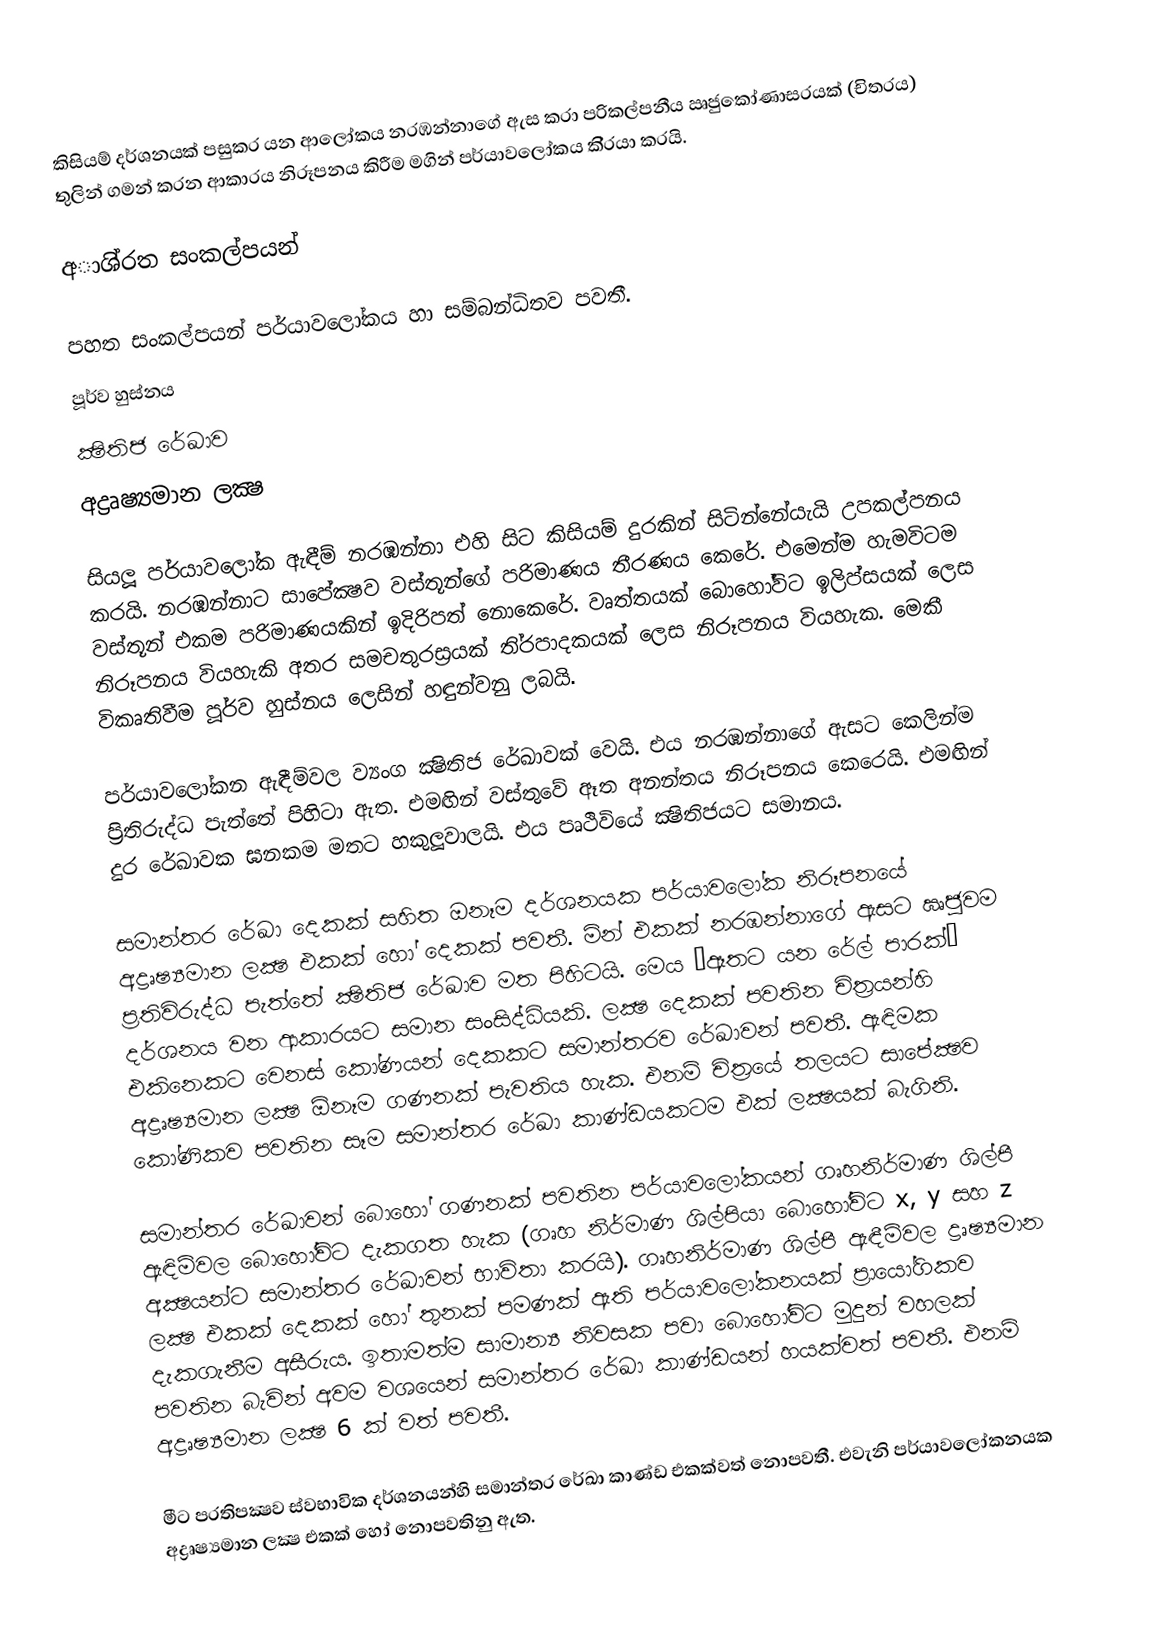
කිසියම් දර්ශනයක් පසුකර යන ආලෝකය නරඹන්නාගේ ඇස කරා පරිකල්පනීය ඍජුකෝණාස‍්‍රයක් (චිත‍්‍රය) තුලින් ගමන් කරන ආකාරය නිරූපනය කිරීම මගින් පර්යාවලෝකය කි‍්‍රයා කරයි.

අාශි‍්‍රත සංකල්පයන්

පහත සංකල්පයන් පර්යාවලෝකය හා සම්බන්ධිතව පවතී.
පූර්ව හුස්නය
ක්‍ෂිතිජ රේඛාව
අද්‍රෘෂ්‍යමාන ලක්‍ෂ

සියලූ පර්යාවලෝක ඇඳීම් නරඹන්නා එහි සිට කිසියම් දුරකින් සිටින්නේයැයි උපකල්පනය කරයි. නරඹන්නාට සාපේක්‍ෂව වස්තූන්ගේ පරිමාණය තීරණය කෙරේ. එමෙන්ම හැමවිටම වස්තූන් එකම පරිමාණයකින් ඉදිරිපත් නොකෙරේ. වෘත්තයක් බොහෝවිට ඉලිප්සයක් ලෙස නිරූපනය වියහැකි අතර සමචතුරස‍්‍රයක් ති‍්‍රපාදකයක් ලෙස නිරූපනය වියහැක. මෙකී විකෘතිවීම පූර්ව හුස්නය ලෙසින් හඳුන්වනු ලබයි.

පර්යාවලෝකන ඇඳීම්වල ව්‍යංග ක්‍ෂිතිජ රේඛාවක් වෙයි. එය නරඹන්නාගේ ඇසට කෙලින්ම ප‍්‍රිතිරුද්ධ පැත්තේ පිහිටා ඇත. එමඟින් වස්තුවේ ඈත අනන්තය නිරූපනය කෙරෙයි. එමඟින් දුර රේඛාවක ඝනකම මතට හකුලූවාලයි. එය පෘථිවියේ ක්‍ෂිතිජයට සමානය.

සමාන්තර රේඛා දෙකක් සහිත ඔනෑම දර්ශනයක පර්යාවලෝක නිරූපනයේ අද්‍රෘෂ්‍යමාන ලක්‍ෂ එකක් හෝ දෙකක් පවතී. මින් එකක් නරඹන්නාගේ ඇසට ඍජුවම ප‍්‍රතිවිරුද්ධ පැත්තේ ක්‍ෂිතිජ රේඛාව මත පිහිටයි. මෙය ‘ඈතට යන රේල් පාරක්’ දර්ශනය වන ආකාරයට සමාන සංසිද්ධියකි. ලක්‍ෂ දෙකක් පවතින චිත‍්‍රයන්හි එකිනෙකට වෙනස් කෝණයන් දෙකකට සමාන්තරව රේඛාවන් පවතී. ඇඳිමක අද්‍රෘෂ්‍යමාන ලක්‍ෂ  ඕනෑම ගණනක් පැවතිය හැක. එනම් චිත‍්‍රයේ තලයට සාපේක්‍ෂව කෝණිකව පවතින සෑම සමාන්තර රේඛා කාණ්ඩයකටම එක් ලක්‍ෂයක් බැගිනි.

සමාන්තර රේඛාවන් බොහෝ ගණනක් පවතින පර්යාවලෝකයන් ගෘහනිර්මාණ ශිල්පී ඇඳිම්වල බොහෝවිට දැකගත හැක (ගෘහ නිර්මාණ ශිල්පියා බොහෝවිට x, y සහ z අක්‍ෂයන්ට සමාන්තර රේඛාවන් භාවිතා කරයි). ගෘහනිර්මාණ ශිල්පී ඇඳීම්වල ද්‍රෘෂ්‍යමාන ලක්‍ෂ එකක් දෙකක් හෝ තුනක් පමණක් ඇති පර්යාවලෝකනයක් ප‍්‍රායෝගිකව දැකගැනීම අසීරුය. ඉතාමත්ම සාමාන්‍ය නිවසක පවා බොහෝවිට මුදුන් වහලක් පවතින බැවින් අවම වශයෙන් සමාන්තර රේඛා කාණ්ඩයන් හයක්වත් පවතී. එනම් අද්‍රෘෂ්‍යමාන ලක්‍ෂ 6 ක් වත් පවතී.

මීට ප‍්‍රතිපක්‍ෂව ස්වභාවික දර්ශනයන්හි සමාන්තර රේඛා කාණ්ඩ එකක්වත් නොපවතී. එවැනි පර්යාවලෝකනයක අද්‍රෘෂ්‍යමාන ලක්‍ෂ එකක් හෝ නොපවතිනු ඇත.